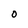
Character: O